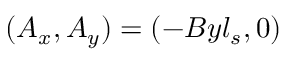
( A _ { x } , A _ { y } ) = ( - B y l _ { s } , 0 )